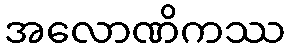
အလောဏိကဿ